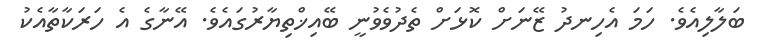
ބަލާލިއެވެ. ހަމަ އެހިނދު ޒޭނަށް ކޮޅަށް ތެދުވެވުނީ ބޭއިޚްތިޔާރުގައެވެ. އޭނާގެ އެ ހަރަކާތާއެކު